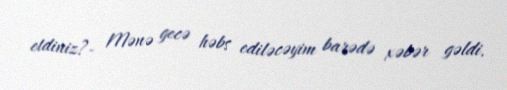
etdiniz?- Mənə gecə həbs ediləcəyim barədə xəbər gəldi.